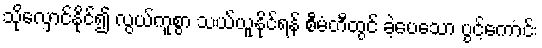
သိုလှောင်နိုင်၍ လွယ်ကူစွာ သယ်ယူနိုင်ရန် စီမံတီထွင် ခဲ့ပေသော ပွင့်ကောင်း